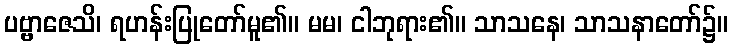
ပဗ္ဗာဇေသိ၊ ရဟန်းပြုတော်မူ၏။ မမ၊ ငါဘုရား၏။ သာသနေ၊ သာသနာတော်၌။